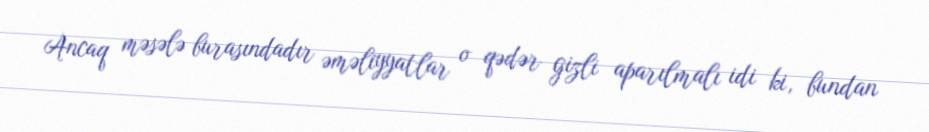
Ancaq məsələ burasındadır əməliyyatlar o qədər gizli aparılmalı idi ki, bundan